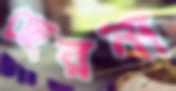
ছেরনা